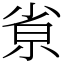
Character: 𡭽